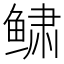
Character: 𱇿